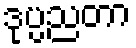
ဒုပ္ပညတာ